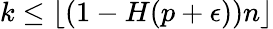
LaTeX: k\leq\lfloor(1-H(p+\epsilon))n\rfloor